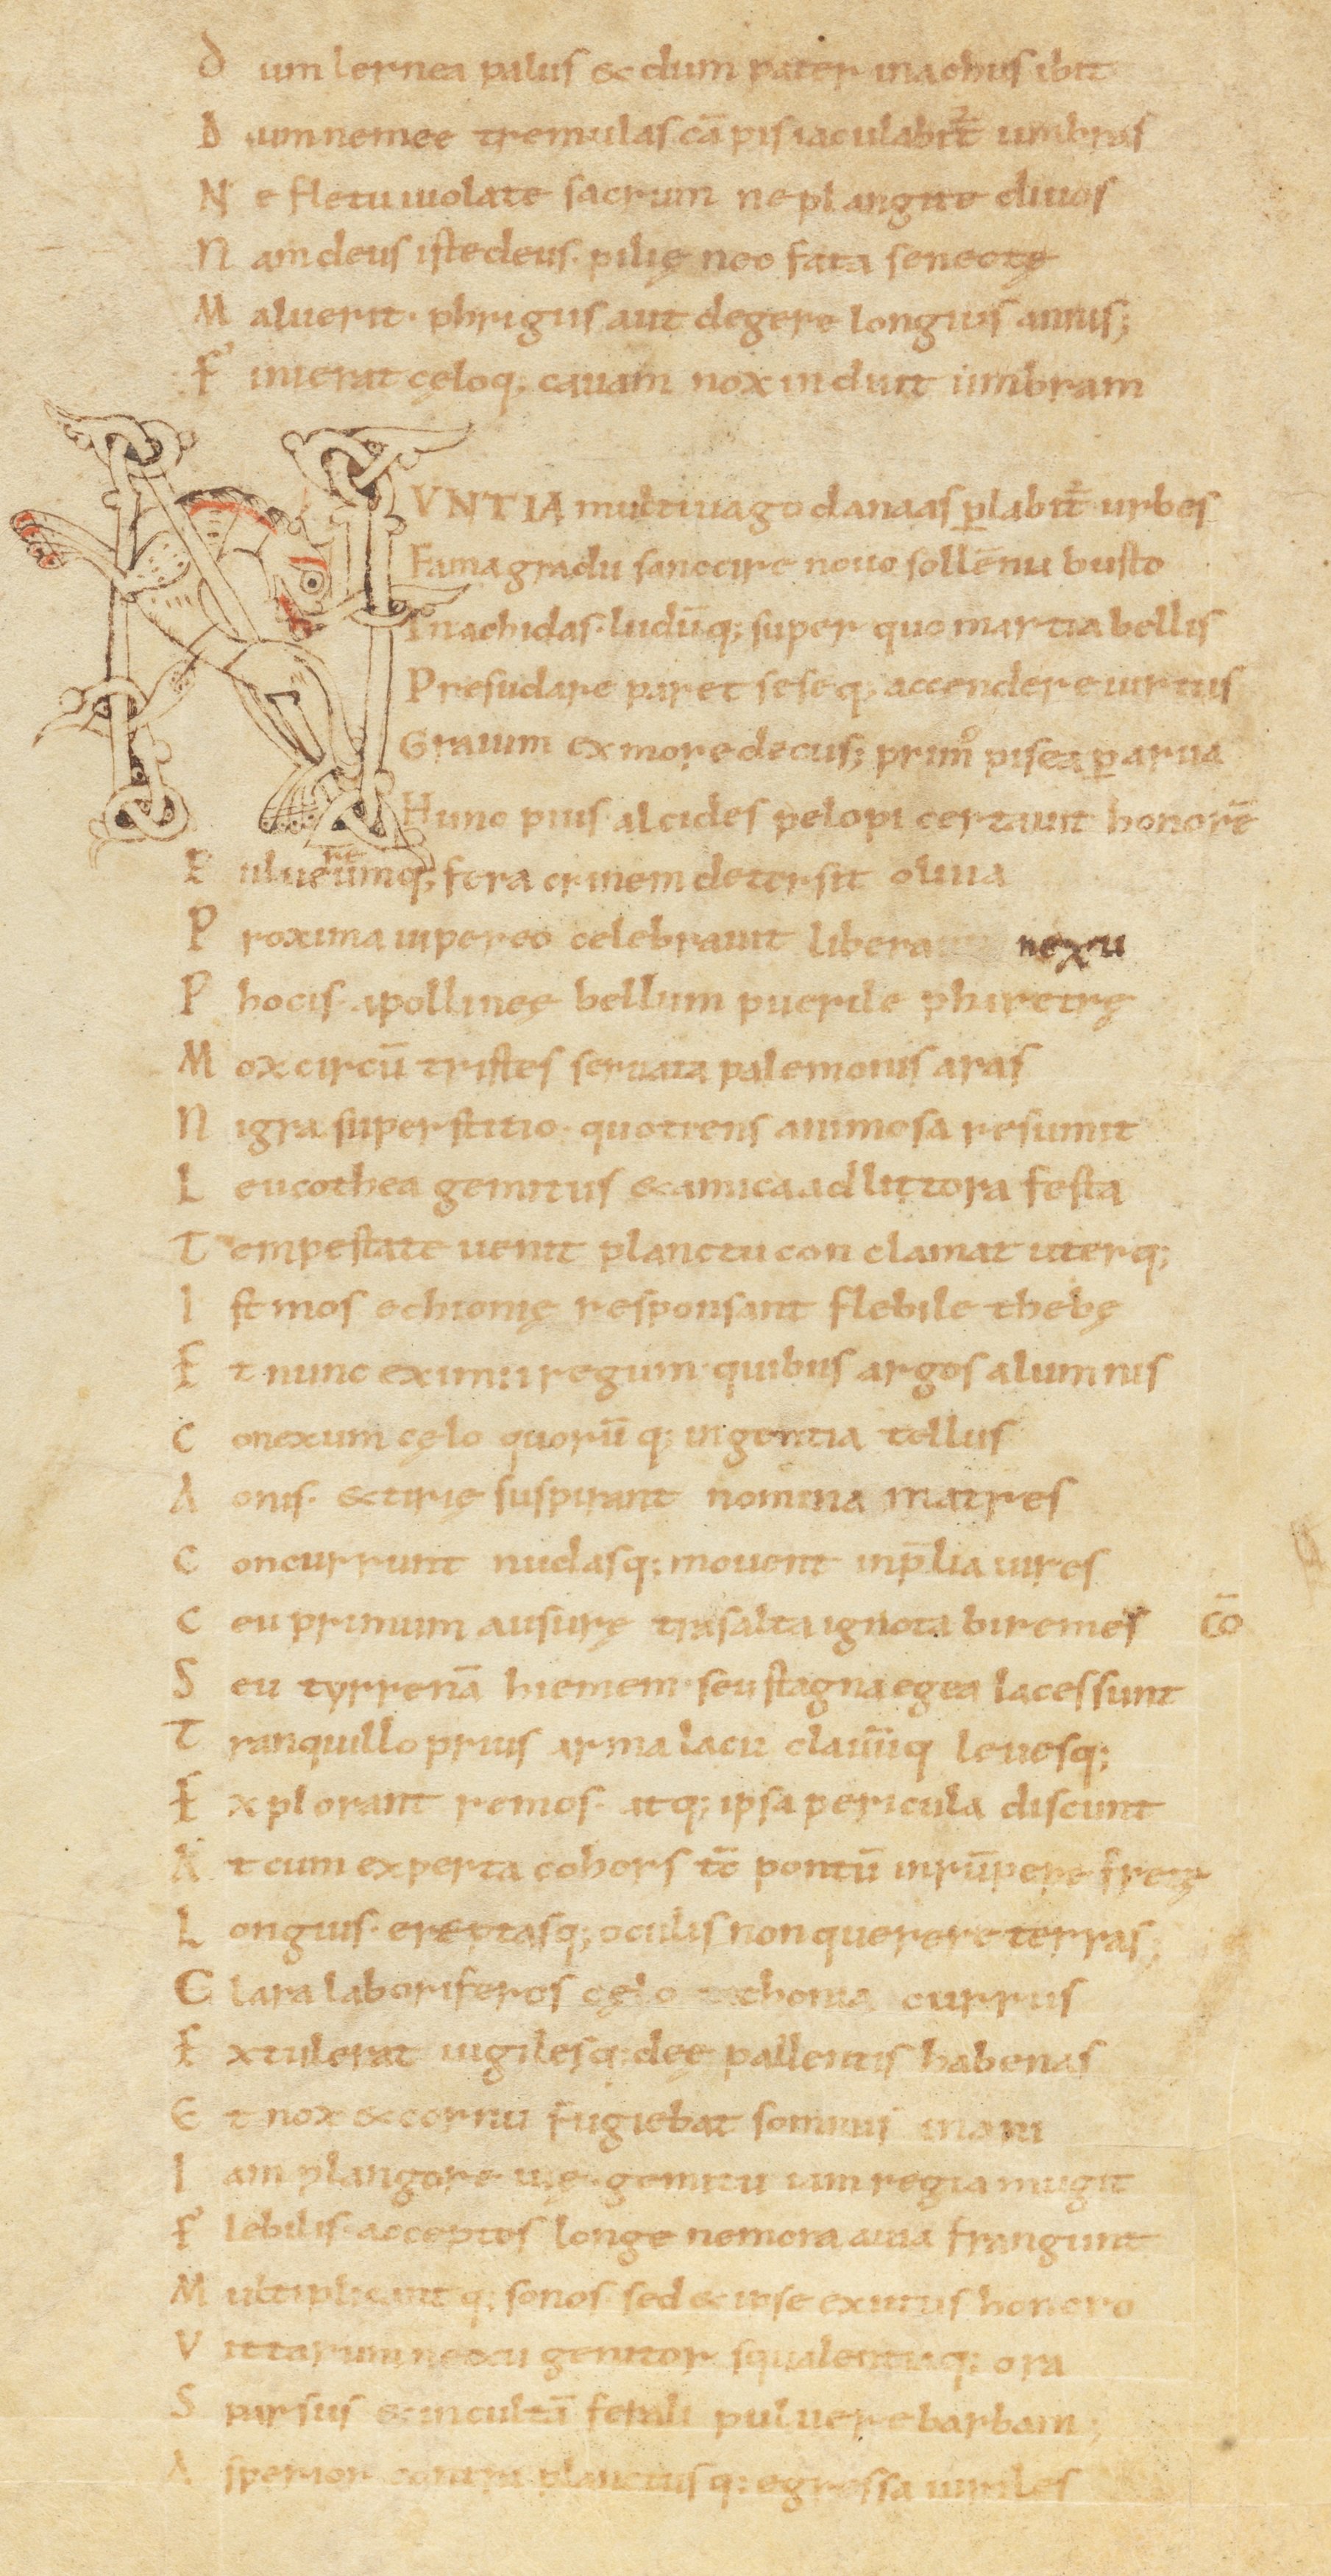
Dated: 1000–1099